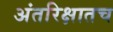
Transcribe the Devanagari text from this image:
अंतरिक्षातच